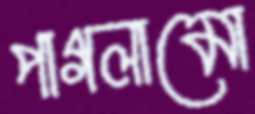
পাগলামো